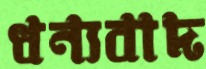
ধন্যবাদ